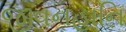
જીવનહાનિ